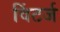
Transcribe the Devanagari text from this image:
विंटर्ज